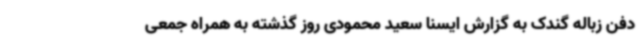
دفن زباله گندک به گزارش ایسنا سعید محمودی روز گذشته به همراه جمعی